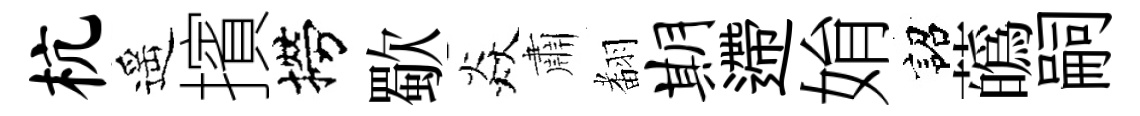
杭遥擯撈歜焱肅𮋒期遰姢詔蘤嗣